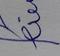
Signature authenticity: forged